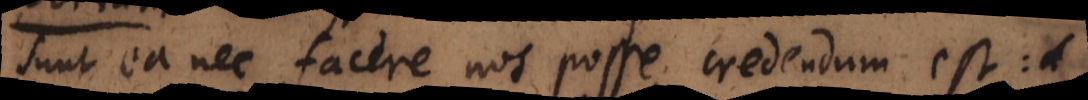
sunt ea nec facere nos posse credendum est: